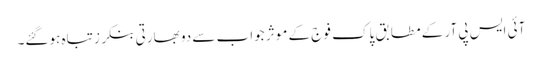
آئی ایس پی آر کے مطابق پاک فوج کے موثر جواب سے دو بھارتی بنکرز تباہ ہوگئے۔